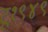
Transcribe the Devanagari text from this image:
टू१९४९